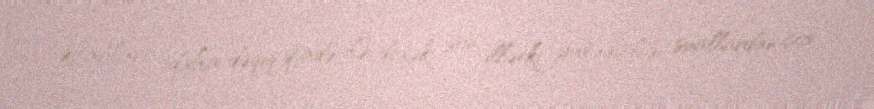
kitabları, daha dəqiq ifadə ilə desək, son illərki yaradıclığı suallardan çox